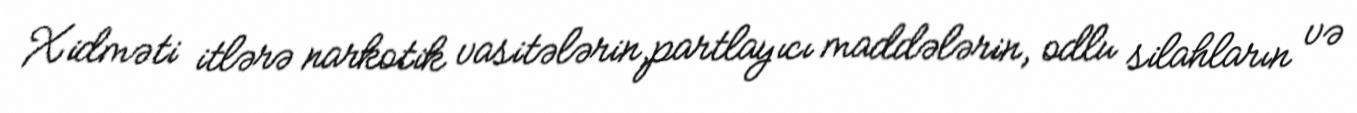
Xidməti itlərə narkotik vasitələrin,partlayıcı maddələrin, odlu silahların və